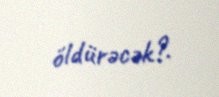
öldürəcək?.